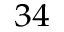
^ { 3 4 }